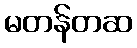
မတန်တဆ